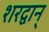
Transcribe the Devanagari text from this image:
शरद्वान्‌